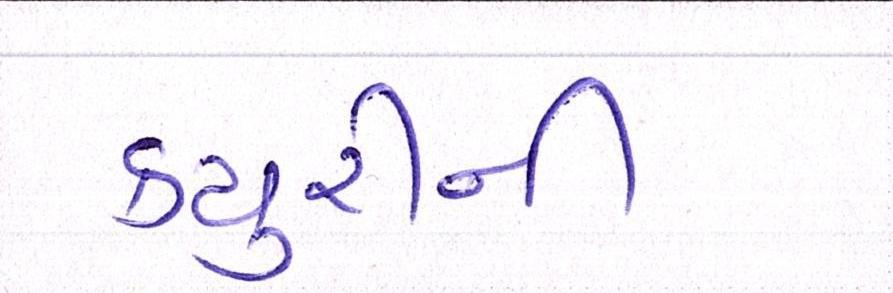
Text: ક્યુરીની